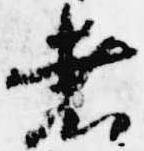
者